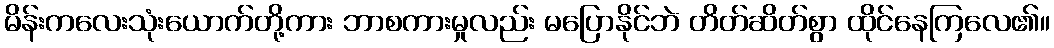
မိန်းကလေးသုံးယောက်တို့ကား ဘာစကားမှုလည်း မပြောနိုင်ဘဲ တိတ်ဆိတ်စွာ ထိုင်နေကြလေ၏။